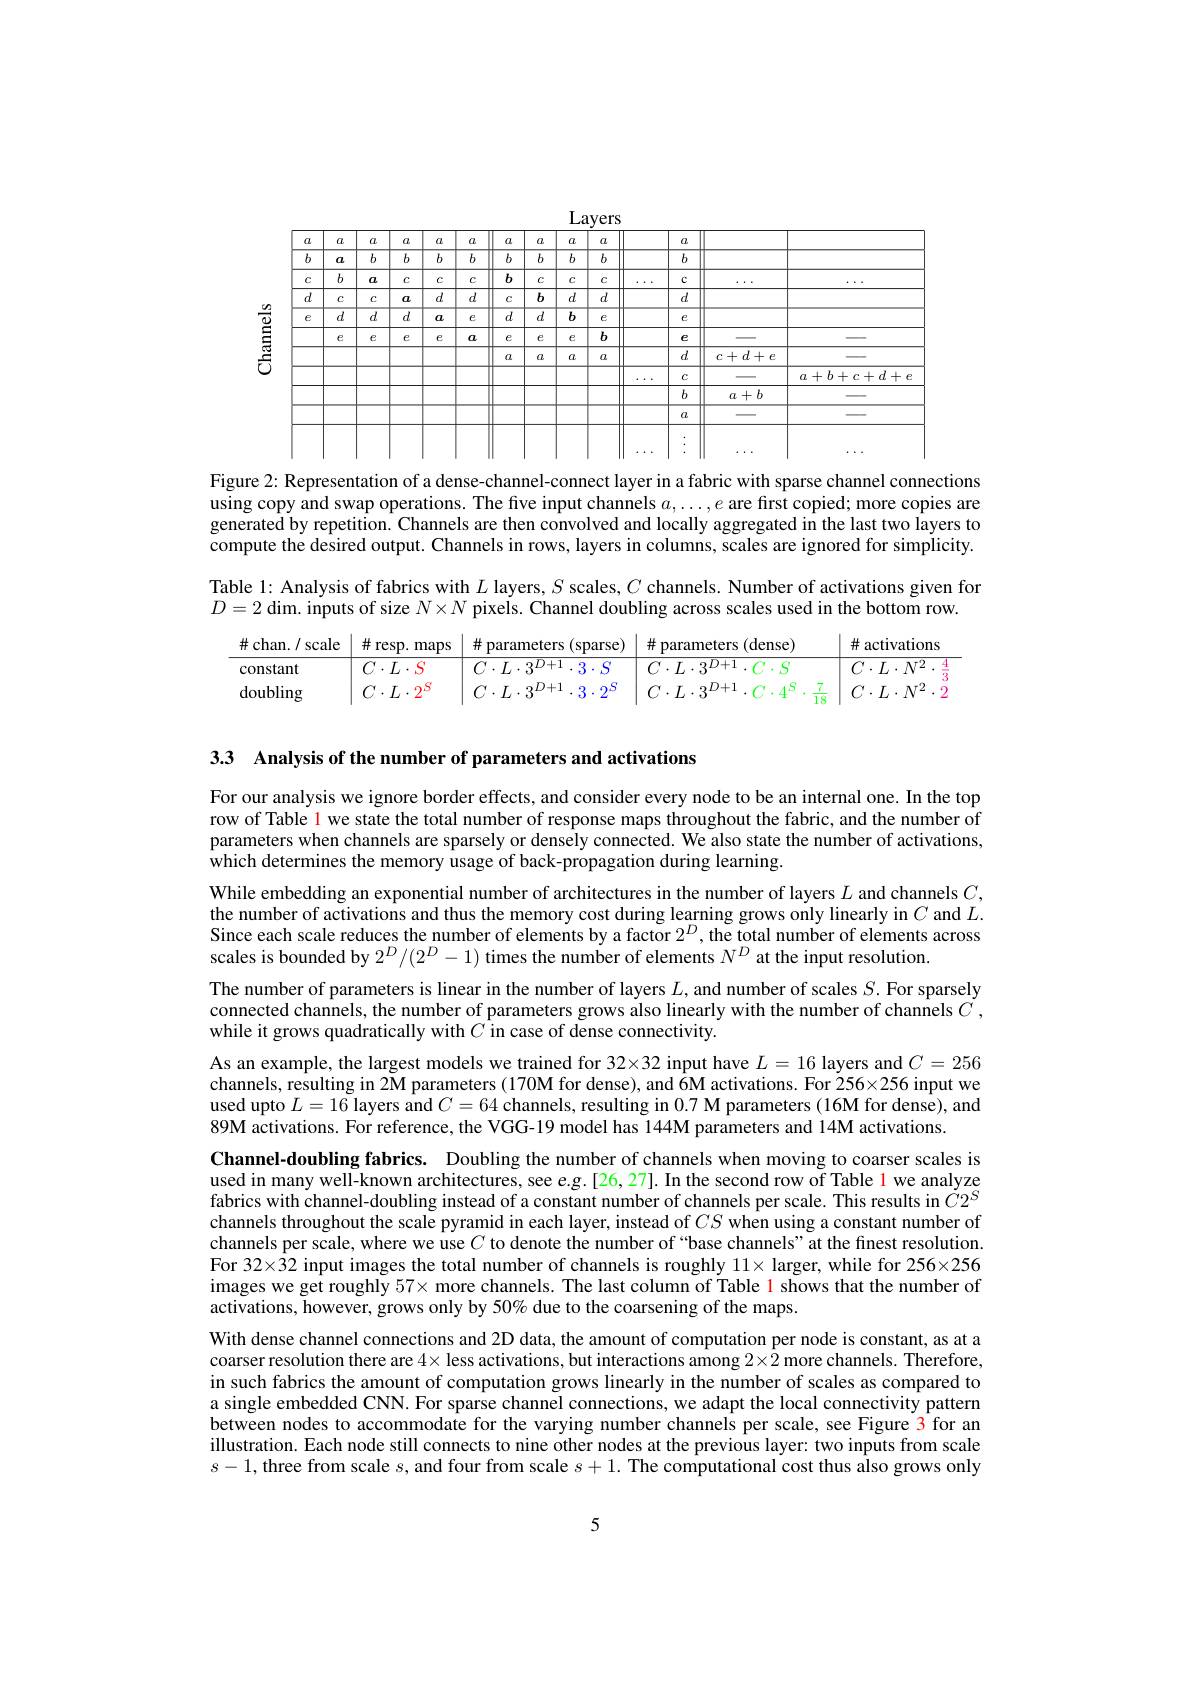
<table>
	<tbody>
		<tr>
			<th>$a$</th>
			<th>$a$</th>
			<th>$a$</th>
			<th>$a$</th>
			<th>$a$</th>
			<th>$a$</th>
			<th>$a$</th>
			<th>$a$</th>
			<th>$z$</th>
			<th>$a$</th>
			<th> </th>
			<th> </th>
		</tr>
		<tr>
			<td>$b$ 1</td>
			<td>$a$</td>
			<td>$b$</td>
			<td>$b$</td>
			<td>$b$</td>
			<td>$b$</td>
			<td>$b$</td>
			<td>$b$</td>
			<td>$j$</td>
			<td>$b$</td>
			<td> </td>
			<td> </td>
		</tr>
		<tr>
			<td rowspan="9">$C$ $a$ $\epsilon$</td>
			<td>$b$</td>
			<td>$a$</td>
			<td>$C$</td>
			<td>$C$</td>
			<td>$C$</td>
			<td>$b$</td>
			<td>$c$</td>
			<td>$\because$</td>
			<td>$\mathbb{C}$</td>
			<td> </td>
			<td> </td>
		</tr>
		<tr>
			<td>$C$</td>
			<td>$C$</td>
			<td>$a$</td>
			<td>$d$</td>
			<td>$d$</td>
			<td>$C$</td>
			<td>$b$</td>
			<td>$t$</td>
			<td>$d$</td>
			<td> </td>
			<td> </td>
		</tr>
		<tr>
			<td>$d$</td>
			<td>$d$</td>
			<td>$d$</td>
			<td>$a$</td>
			<td>$e$</td>
			<td>$d$</td>
			<td>$d$</td>
			<td>2</td>
			<td>$e$</td>
			<td> </td>
			<td> </td>
		</tr>
		<tr>
			<td>$e$</td>
			<td>$e$</td>
			<td>$e$</td>
			<td>$e$</td>
			<td>$a$</td>
			<td>$e$</td>
			<td>$e$</td>
			<td>5</td>
			<td>$e$</td>
			<td> </td>
			<td> </td>
		</tr>
		<tr>
			<td> </td>
			<td> </td>
			<td> </td>
			<td> </td>
			<td> </td>
			<td>$a$</td>
			<td>$a$</td>
			<td>$z$</td>
			<td>$d$</td>
			<td>$c+d+e$</td>
			<td> </td>
		</tr>
		<tr>
			<td> </td>
			<td> </td>
			<td> </td>
			<td> </td>
			<td> </td>
			<td> </td>
			<td> </td>
			<td> </td>
			<td>$C$</td>
			<td> </td>
			<td>$a+b+c+d+$</td>
		</tr>
		<tr>
			<td> </td>
			<td> </td>
			<td> </td>
			<td> </td>
			<td> </td>
			<td> </td>
			<td> </td>
			<td> </td>
			<td>$b$</td>
			<td>$a+b$</td>
			<td> </td>
		</tr>
		<tr>
			<td> </td>
			<td> </td>
			<td> </td>
			<td> </td>
			<td> </td>
			<td> </td>
			<td> </td>
			<td> </td>
			<td>$a$</td>
			<td> </td>
			<td> </td>
		</tr>
		<tr>
			<td> </td>
			<td> </td>
			<td> </td>
			<td> </td>
			<td> </td>
			<td> </td>
			<td> </td>
			<td> </td>
			<td> </td>
			<td> </td>
			<td> </td>
		</tr>
	</tbody>
</table>

Figure 2: Representation of a dense-channel-connect layer in a fabric with sparse channel connections using copy and swap operations. The five input channels $a,\ldots,e$ are first copied; more copies are generated by repetition. Channels are then convolved and locally aggregated in the last two layers to compute the desired output. Channels in rows, layers in columns, scales are ignored for simplicity. Table l: Analysis of fabrics with $L$ layers, $S$ scales, $C$ channels. Number of activations given for $D=2$ dim. inputs of size $N\times N$ pixels. Channel doubling across scales used in the bottom row.

$\#$
<table>
	<tbody>
		<tr>
			<th>chan. / s scale</th>
			<th>井 $\operatorname{resp}.$ maps </th>
			<th>井 parameters (sparse)</th>
			<th>井 parameters (dense)</th>
			<th> </th>
			<th>井 activations</th>
		</tr>
		<tr>
			<td>onstant</td>
			<td>$\cdot L\cdot S$</td>
			<td>$I_{i}$ </td>
			<td>$I_{i}$</td>
			<td> </td>
			<td>${\mathcal{C}}\cdot L\cdot N$</td>
		</tr>
		<tr>
			<td>oubling</td>
			<td>$\cdot L\cdot2^{\boldsymbol{\Sigma}}$</td>
			<td>$C\cdot L\cdot3$ $3\cdot2^{*}$</td>
			<td>$\cdot I_{i}$ $\therefore3$</td>
			<td>$\dot{18}$</td>
			<td>$C\cdot L\cdot N^{2}$</td>
		</tr>
		<tr>
			<td></td>
			<td> </td>
			<td> </td>
			<td> </td>
			<td>18</td>
			<td> </td>
		</tr>
	</tbody>
</table>

3.3 Analysis of the number of parameters and activations

For our analysis we ignore border effects, and consider every node to be an internal one. In the top row of Table l we state the total number of response maps throughout the fabric, and the number of parameters when channels are sparsely or densely connected. We also state the number of activations, which determines the memory usage of back-propagation during learning.

While embedding an exponential number of architectures in the number of layers $L$ and channels $C$, the number of activations and thus the memory cost during learning grows only linearly in $C$ and $L.$ Since each scale reduces the number of elements by a factor $2^D$, the total number of elements across scales is bounded by $2^D/(2^D-1)$ times the number of elements $N^D$ at the input resolution.
The number of parameters is linear in the number of layers $L$, and number of scales $S.$ For sparsely connected channels, the number of parameters grows also linearly with the number of channels $C$ , while it grows quadratically with $C$ in case of dense connectivity.

As an example, the largest models we trained for 32×32 input have $L=16$ layers and $C=256$ channels, resulting in $2\tilde{\text{M parameters(170M for dense), and }6}\tilde{6}$M activations. For $256\times256$ input we used upto $L=16$ layers and $C=64$ channels, resulting in 0.7 M parameters (16M for dense), and 89M activations. For reference, the VGG-19 model has 144M parameters and 14M activations.
Channel-doubling fabrics. Doubling the number of channels when moving to coarser scales is used in many well-known architectures, see e.g.[26,27]. In the second row of Table 1 we analyze fabrics with channel-doubling instead of a constant number of channels per scale. This results in $C2^S$ channels throughout the scale pyramid in each layer, instead of $CS$ when using a constant number of channels per scale, where we use $C$ to denote the number of “base channels"at the finest resolution. For 32×32 input images the total number of channels is roughly $11×$ larger, while for 256×256 images we get roughly $57\times$ more channels. The last column of Table l shows that the number of activations, however, grows only by 50% due to the coarsening of the maps.
With dense channel connections and 2D data, the amount of computation per node is constant, as at a coarser resolution there are $4\times$ less activations, but interactions among $2\times2$ more channels. Therefore, in such fabrics the amount of computation grows linearly in the number of scales as compared to a single embedded CNN. For sparse channel connections, we adapt the local connectivity pattern between nodes to accommodate for the varying number channels per scale, see Figure 3 for an illustration. Each node still connects to nine other nodes at the previous layer: two inputs from scale $s-1$, three from scale $s$, and four from scale $s+1.$ The computational cost thus also grows only

5